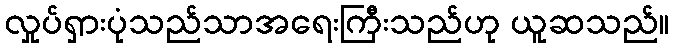
လှုပ်ရှားပုံသည်သာအရေးကြီးသည်ဟု ယူဆသည်။